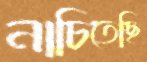
নাচিতেছি